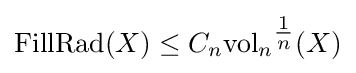
\mathrm {FillRad} (X)\leq C_{n}\mathrm {vol} _{n}{}^{\tfrac {1}{n}}(X)